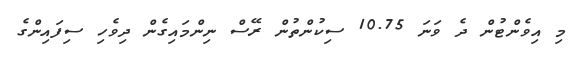
މި އިވެންޓުން ދެ ވަނަ 10.75 ސިކުންތުން ރޭސް ނިންމައިގެން ދިވެހި ސިފައިންގެ